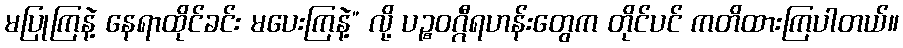
မပြုကြနဲ့ နေရာထိုင်ခင်း မပေးကြနဲ့” လို့ ပဉ္စဝဂ္ဂီရဟန်းတွေက တိုင်ပင် ကတိထားကြပါတယ်။